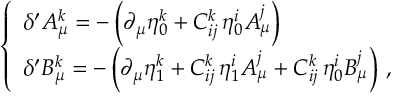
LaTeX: \left\{ \begin{array} { l } { { \delta ^ { \prime } A _ { \mu } ^ { k } = - \left( \partial _ { \mu } \eta _ { 0 } ^ { k } + C _ { i j } ^ { k } \, \eta _ { 0 } ^ { i } A _ { \mu } ^ { j } \right) } } \\ { { \delta ^ { \prime } B _ { \mu } ^ { k } = - \left( \partial _ { \mu } \eta _ { 1 } ^ { k } + C _ { i j } ^ { k } \, \eta _ { 1 } ^ { i } A _ { \mu } ^ { j } + C _ { i j } ^ { k } \, \eta _ { 0 } ^ { i } B _ { \mu } ^ { j } \right) \, , } } \end{array} \right.